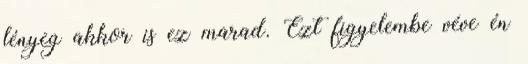
lényeg akkor is ez marad. Ezt figyelembe véve én